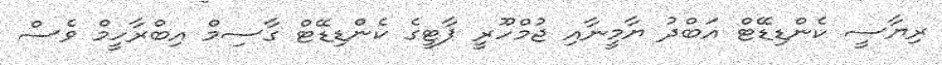
ރިޔާސީ ކެންޑިޑޭޓް އަބްދު ޔާމީނާއި ޖުމްހޫރީ ޕާޓީގެ ކެންޑިޑޭޓް ގާސިމް އިބްރާހީމް ވެސް